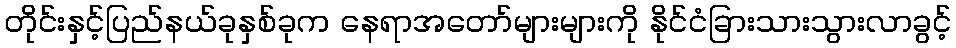
တိုင်းနှင့်ပြည်နယ်ခုနှစ်ခုက နေရာအတော်များများကို နိုင်ငံခြားသားသွားလာခွင့်